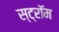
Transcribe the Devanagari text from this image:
स्ट्रॉम